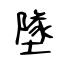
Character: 墜